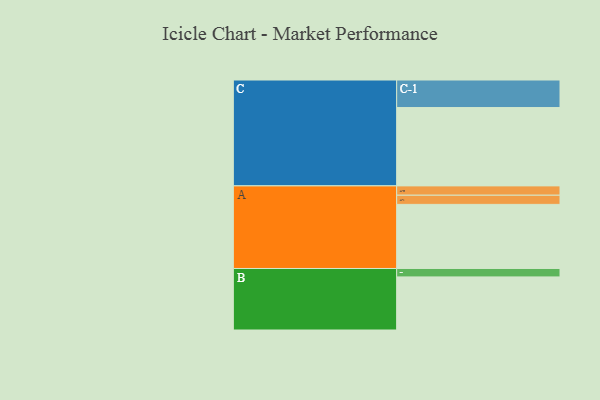
{"axis": {"x": "Segment", "y": "Value"}, "legend": ["", "A", "B", "C"], "data": [{"x": "A", "y": 419, "type": ""}, {"x": "B", "y": 347, "type": ""}, {"x": "C", "y": 512, "type": ""}, {"x": "A-1", "y": 60, "type": "A"}, {"x": "A-2", "y": 61, "type": "A"}, {"x": "B-1", "y": 55, "type": "B"}, {"x": "C-1", "y": 180, "type": "C"}]}